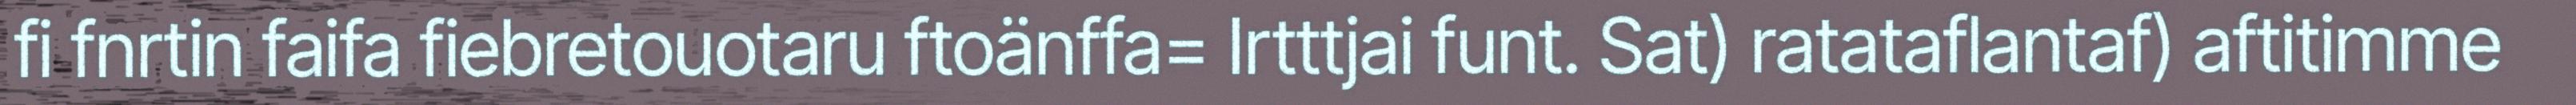
fi fnrtin faifa fiebretouotaru ftoänffa= Irtttjai funt. Sat) ratataflantaf) aftitimme